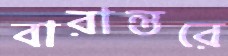
বারান্তরে